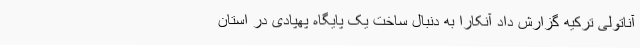
آناتولی ترکیه گزارش داد آنکارا به دنبال ساخت یک پایگاه پهپادی در استان